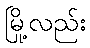
မြို့လည်း